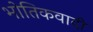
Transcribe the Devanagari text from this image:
भोतिकवादी